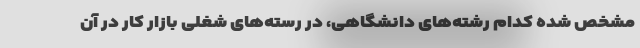
مشخص شده کدام رشته‌های دانشگاهی، در رسته‌های شغلی بازار کار در آن